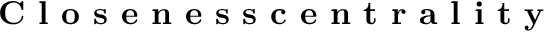
\textbf { C l o s e n e s s c e n t r a l i t y }